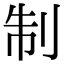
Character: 制